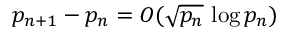
p _ { n + 1 } - p _ { n } = O ( { \sqrt { p _ { n } } } \, \log p _ { n } )